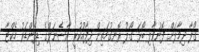
ގޯލާ ދިމާލަށް ފޮނުވާލި ބޯޅަ ގޯލު ރޮނގުމަތިން ދިފާއުކުރީ އާސެނަލްގެ ޑިފެންޑަރު ހެކްޓާ